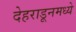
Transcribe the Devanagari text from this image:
देहराडूनमध्ये